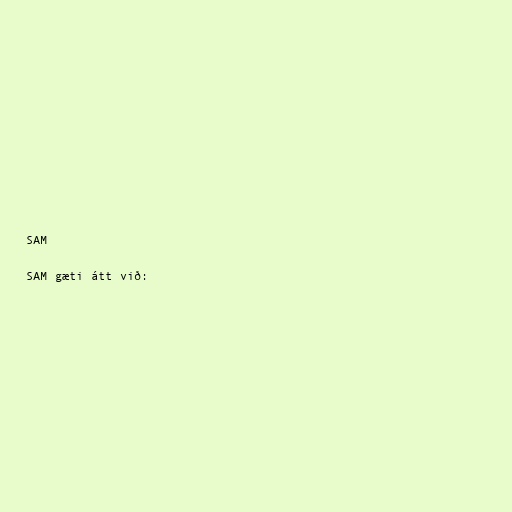
SAM

SAM gæti átt við: